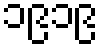
၁၉၁၉